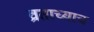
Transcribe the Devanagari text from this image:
व्रताच्याच